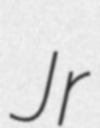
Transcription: Jr